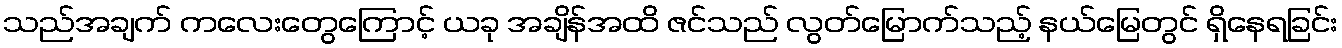
သည်အချက် ကလေးတွေကြောင့် ယခု အချိန်အထိ ဇင်သည် လွတ်မြောက်သည့် နယ်မြေတွင် ရှိနေရခြင်း